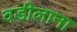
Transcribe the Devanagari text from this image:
वडीलाना